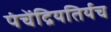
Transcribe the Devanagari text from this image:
पंचेंद्रियतिर्यच